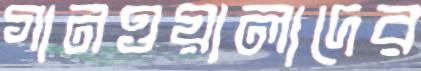
গানওয়ালাদের